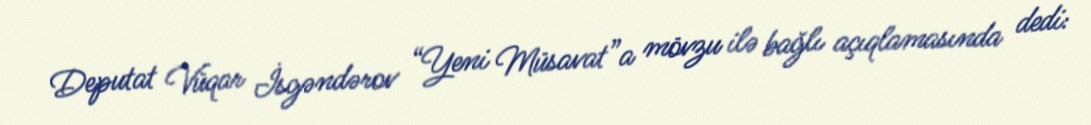
Deputat Vüqar İsgəndərov “Yeni Müsavat”a mövzu ilə bağlı açıqlamasında dedi: